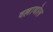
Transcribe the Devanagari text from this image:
वल्लाथोल